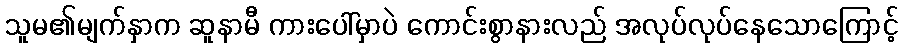
သူမ၏မျက်နှာက ဆူနာမီ ကားပေါ်မှာပဲ ကောင်းစွာနားလည် အလုပ်လုပ်နေသောကြောင့်